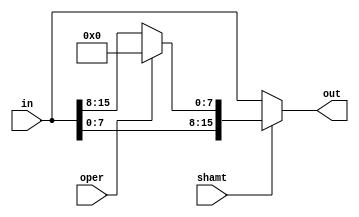
module left8(in, shamt, oper, out);
  input [15:0]in;
  input shamt;
  input oper;
  output[15:0] out;

  assign out = shamt ? {in[7:0], oper? 8'b00000000: in[15:8]}:in;
endmodule